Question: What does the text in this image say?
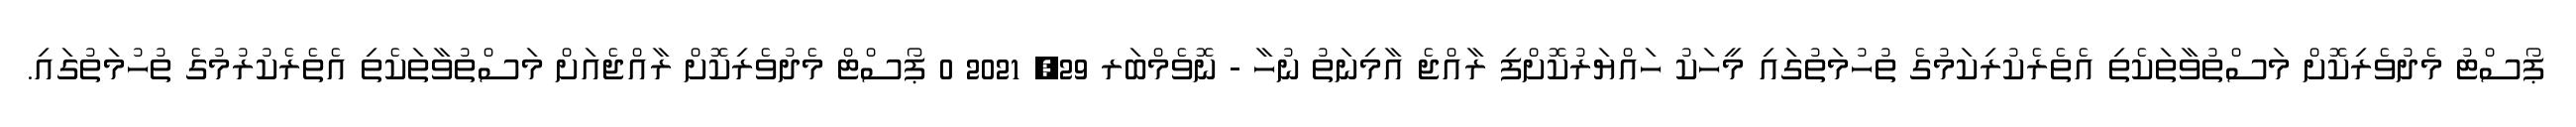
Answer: ޕޯސްޓު މެދުވެރިކޮށް މަސްތުވާތަކެތި އެތެރެކުރިކަމުގެ ތުހުމަތުގައި މީހަކު ހައްޔަރުކޮށްފި ރާއްޖެ އާމިނަތު ނުހާ - ނޮވެމްބަރ 29, 2021 0 ޕޯސްޓް މެދުވެރިކޮށް ރާއްޖެއަށް މަސްތުވާތަކެތި އެތެރެކުރުމުގެ ތުހުމަތުގައި.